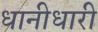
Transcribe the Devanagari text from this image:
धानीधारी